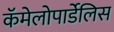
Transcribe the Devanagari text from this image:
कॅमेलोपार्डेलिस